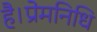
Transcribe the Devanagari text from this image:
है।प्रेमनिधि